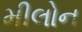
મીલોન